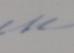
Signature authenticity: forged